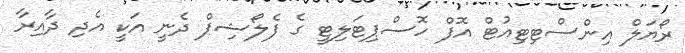
ރޯޔަލް އިންސްޓިޓިއުޓް އޮފް ހޮސްޕިޓަލިޓީ ގެ ފެލޯޝިޕް ދެނީ އަކީ އެދި ދާއިރާ